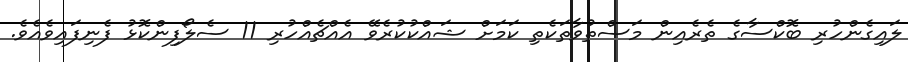
ލައިގެންހުރި ބޮކްސާގެ ތެރެއިން މަސްތުވާތަކެތި ކަމަށް ޝައްކުކުރެވޭ އެއްޗެއްހުރި 11 ސެލޯފިންކޮޅު ފެނިފައިވެއެވެ.